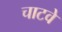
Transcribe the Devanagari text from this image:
चाटवे